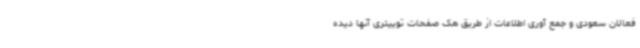
فعالان سعودی و جمع آوری اطلاعات از طریق هک صفحات توییتری آنها دیده